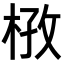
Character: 𭪔